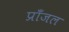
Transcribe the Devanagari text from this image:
प्राँजल